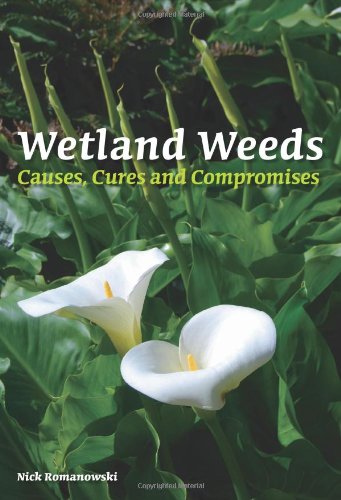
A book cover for Wetland Weeds: Causes, Cures and Compromises; Nick Romanowski; Science & Math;